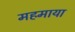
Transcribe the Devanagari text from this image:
महमाया